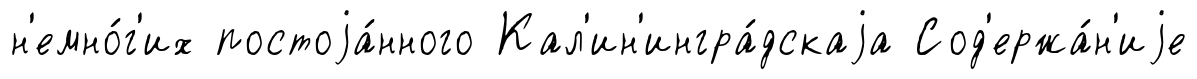
н'емно́г'их постоjа́нного Кал'ин'ингра́дскаjа Сод'ержа́н'иjе